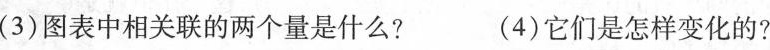
(3)图表中相关联的两个量是什么?(4)它们是怎样变化的?